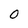
Character: 0